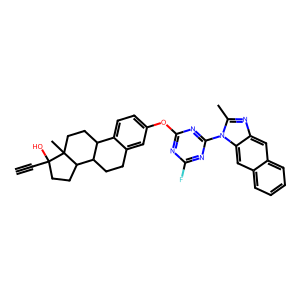
SMILES: C#CC1(O)CCC2C3CCc4cc(Oc5nc(F)nc(-n6c(C)nc7cc8ccccc8cc76)n5)ccc4C3CCC21C
Inhibits HIV replication: No